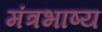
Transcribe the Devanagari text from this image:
मंत्रभाष्य